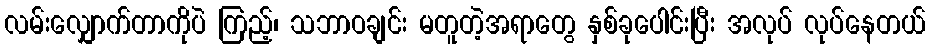
လမ်းလျှောက်တာကိုပဲ ကြည့်၊ သဘာဝချင်း မတူတဲ့အရာတွေ နှစ်ခုပေါင်းပြီး အလုပ် လုပ်နေတယ်